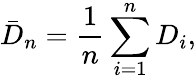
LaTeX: {\bar{D}}_{n}={\frac{1}{n}}\sum_{i=1}^{n}D_{i},